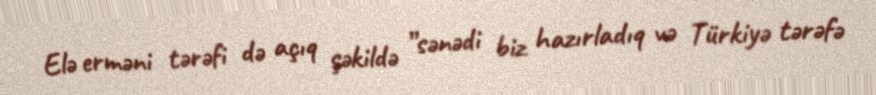
Elə erməni tərəfi də açıq şəkildə ”sənədi biz hazırladıq və Türkiyə tərəfə